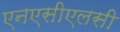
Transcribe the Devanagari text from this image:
एनएसीएलसी